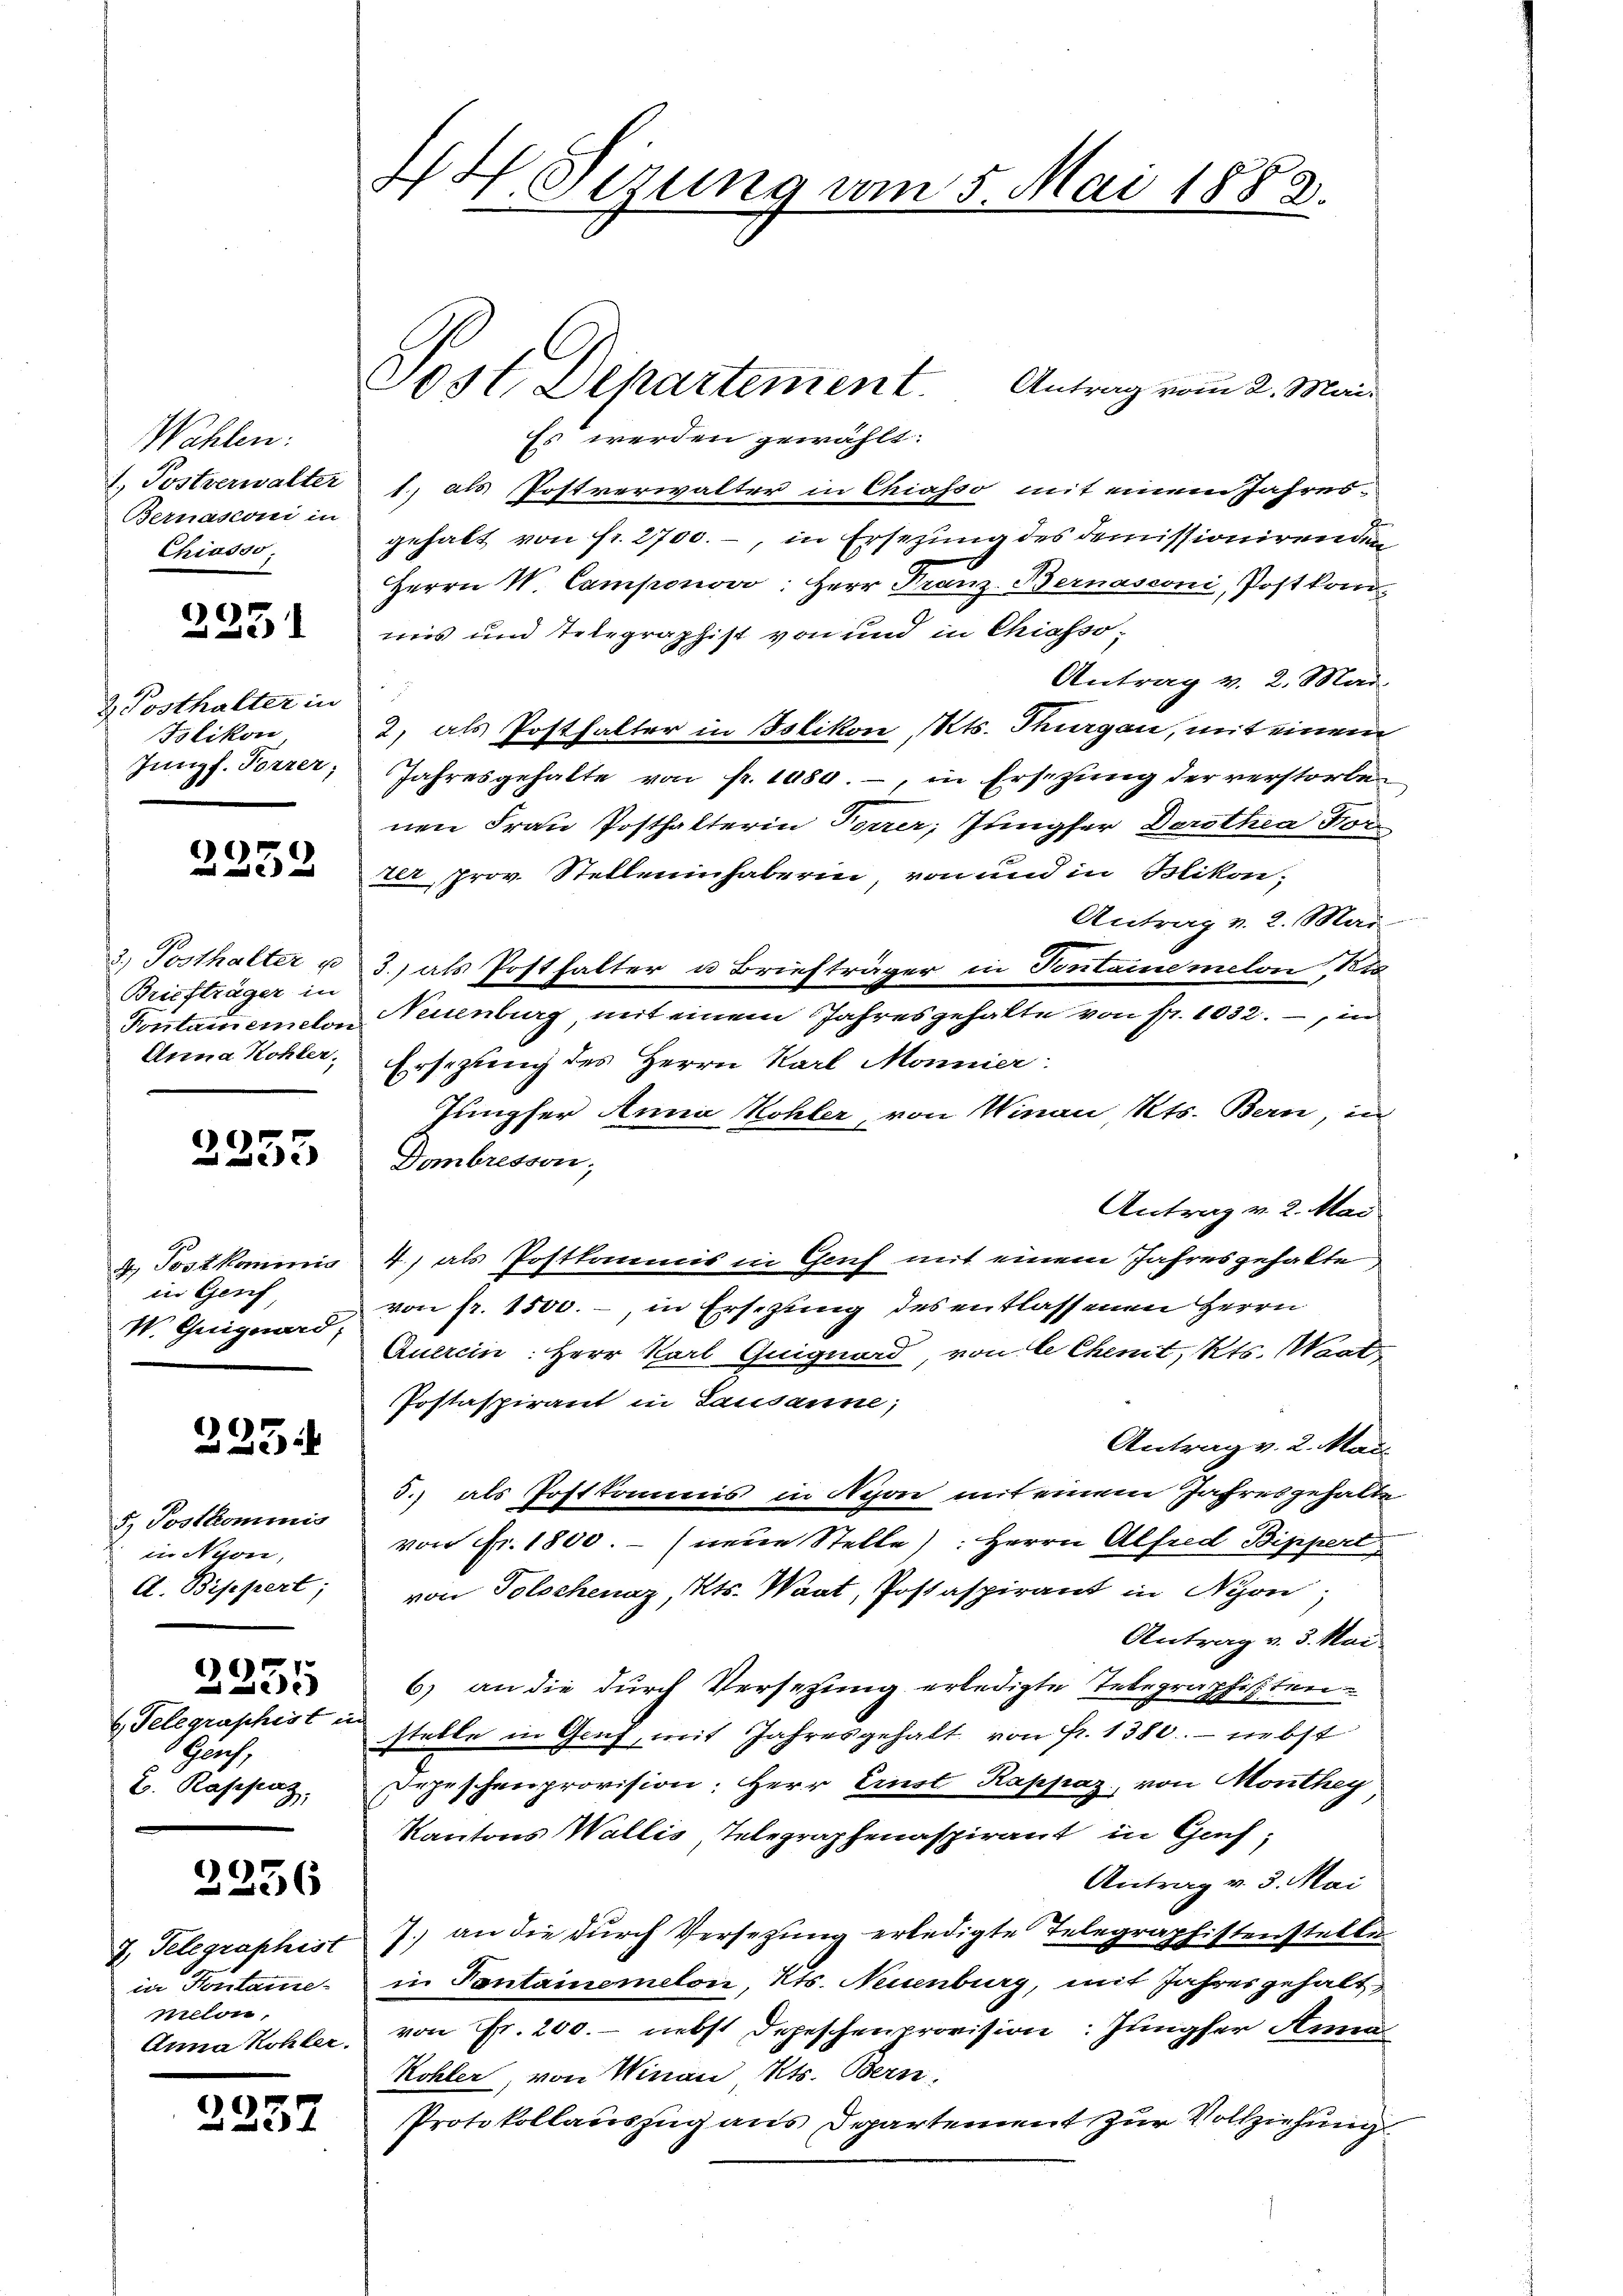
Wahlen:
1. Postverwalter
Bernasconi in
Chiasso

2231

2. Posthalter in
Tlikon,
Jungf. Vorrer;

2252

2.) Posthalter u
Briefträger in
Fontain einelon
Anna Kohler.

2253

4. Postkommnis
in Genf,
W. Guiguard,

223.

5. Postkommnis
in Nyon,
A. Bippert;

Telegraphist in
 Genf,
2. Rasesaz,

2255

2236

7. Telegraphist
in Konstame
melon
Anna Kohler.

2237

H Sizung am 5. Mai 1883.

Post Departement. Antrag vom 2. Mai
Es werden gewählt:
1., als Postverwalter in Chiasso mit einem Jahresgehabt von fr. 2700.-, in Ersezung des demissionirenden
Herrn N. Camponovo: Herr Franz-Bernasconi, Postkomuis und Telegraphist von und in Chiasso¬
Antrag v. 2. Mai.
d
2) als Posthalter in Islikon, Kts. Thurgau, mit einem
Jahresgehalte von fr. 1080.-, in Erschung der verstorbe
nen Frau Posthalterin Forrer, Jungfer Dorothea For
2 prov. Stelleninhaberin von und in Mikon,
Antrag v. 2. Mai
3.) als Posthalter u Briefträger in Pontainemelon 1
Neuenburg mit einem Jahresgehalte von Fr. 1032., in
Ersezung des Herrn Karl Monnier:
Jungfer Anna Kohler, von Winau Kts. Bern, ind
Dombresson;
Antrag v. 2. Mai
4) als Postkommis in Genf mit einem Jahresgehalte
von fr. 1500.- in Ersezung des entlassenen Herrn
Querein. Herr Karl Guiguard von de Chemit, Kts. Wart
Postaspirant in Lausanne;
Antrag v. 2. Mai.
5.) als Postkommis in Nyon mit einem Jahresgehalte
von Fr. 1800.- (neue Stelle): Herrn Alfred Bippert
von Tolschenaz, Kts. Waat, Postaspirant in Nyon.
Antrag v. 3. Mai
6) an die durch Versetzung erledigte Telegraphisten-
stelle in Genf, mit Jahresgehalt von fr. 1380 - nebst
Depeschenprovision: Herr Ernst Rappaz, von Monthey
Kantons Wallis Telegraphenaspirant in Gach,
Antrag v. 3. Mai
7.) an die dŭrch Versetzŭng erledigte Telegraphistenstellun
in Pontainemelon, Kts. Neuenburg, mit Jahres gehalt
von Fr. 200. - nebst Depeschenprovision: Jungfer Anna
Kohler, von Winau Kts. Bern,
Protokollauszug aus Departement zur Vollziehung